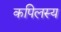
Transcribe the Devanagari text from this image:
कपिलस्य